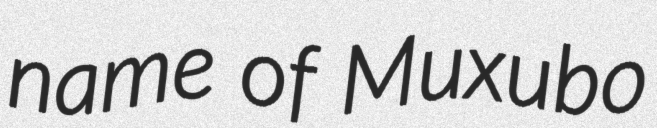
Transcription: name of Muxubo